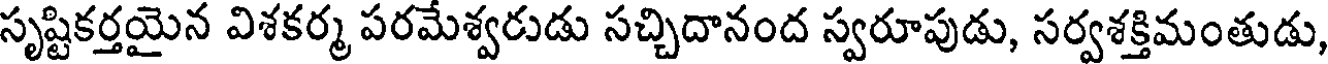
సృష్టికర్తయైన విశకర్మ పరమేశ్వరుడు సచ్చిదానంద స్వరూపుడు, సర్వశక్తిమంతుడు,